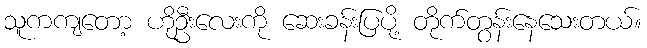
သူကကျတော့ ဟိုဦးလေးကို ဆေးခန်းပြပို့ တိုက်တွန်းနေသေးတယ်။